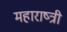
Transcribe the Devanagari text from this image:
महाराष्त्री